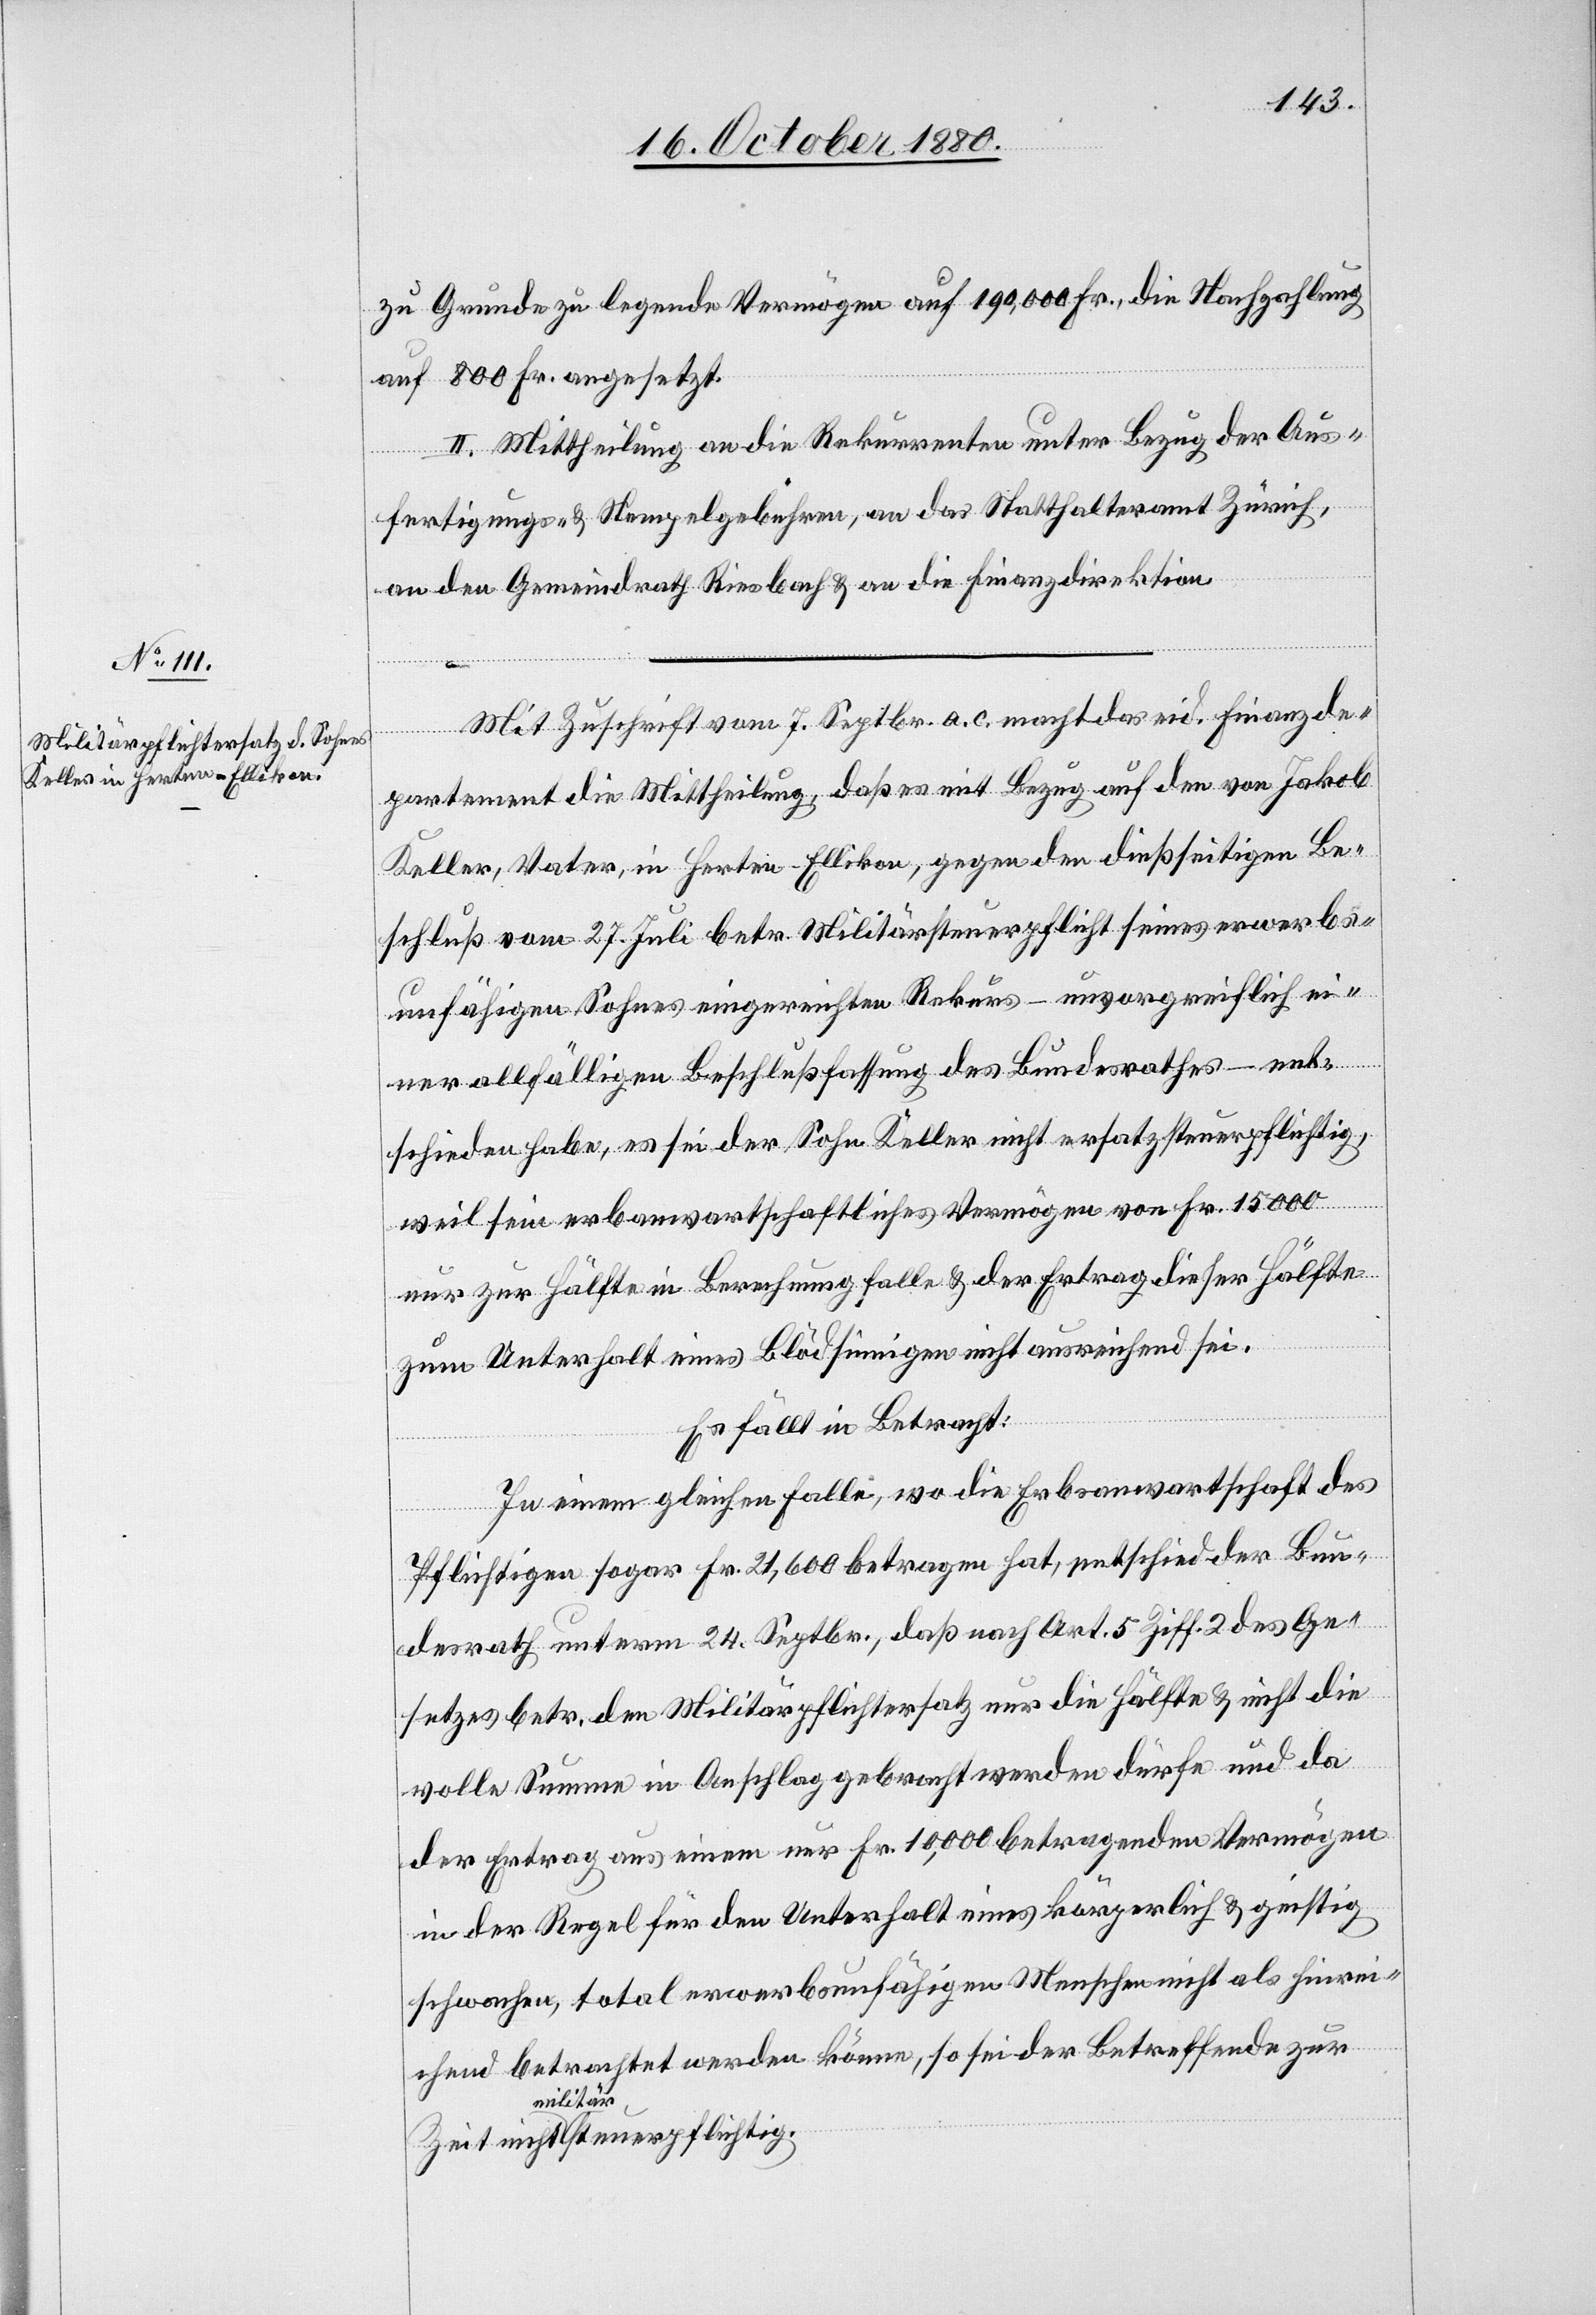
zu Grunde zu legende Vermögen auf 190,000 Fr., die Nachzahlung
auf 800 Fr. angesetzt.
II. Mittheilung an die Rekurrenten unter Bezug der Aus¬
fertigungs- & Stempelgebühren, an das Statthalteramt Zürich,
an den Gemeindrath Riesbach & an die Finanzdirektion.
Mit Zuschrift vom 7. Septbr. a. c. macht das eid. Finanzde¬
partement die Mittheilung, daß es mit Bezug auf den von Jakob
Keller, Vater, in Herten - Ellikon, gegen den dießseitigen Be¬
schluß vom 27. Juli betr. Militärpflicht seines erwerbs¬
unfähigen Sohnes eingereichten Rekurs – unvorgreiflich ei¬
ner allfälligen Beschlußfassung des Bundesrathes – ent¬
schieden habe, es sei der Sohn Keller nicht ersatzsteuerpflichtig,
eue¬
weil sein erbanwartschaftliches Vermögen von Fr. 15000
nur zur Hälfte in Berechnung falle & der Ertrag dieser Hälfte
zum Unterhalt eines Blödsinnigen nicht ausreichend sei.
Es fällt in Betracht:
In einem gleichen Falle, wo die Erbanwartschaft des
Pflichtigen sogar Fr. 21,600 betragen hat, entschied der Bun¬
desrath unterm 24. Septbr., daß nach Art. 5 Ziff. 2 des Ge¬
setzes betr. den Militärpflichtersatz nur die Hälfte & nicht die
volle Summe in Anschlag gebracht werden dürfe und da
der Ertrag aus einem nur Fr. 10,000 betragenden Vermögen
in der Regel für den Unterhalt eines körperlich & geistig
schwachen, total erwerbsunfähigen Menschen nicht als hinrei¬
chend betrachtet werden könne, so sei der Betreffende zur
rpflichtig.